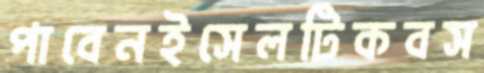
পাবেনইসেলটিকবস